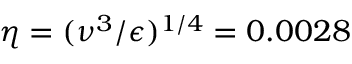
\eta = ( \nu ^ { 3 } / \epsilon ) ^ { 1 / 4 } = 0 . 0 0 2 8